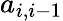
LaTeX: a_{i,i-1}